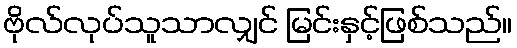
ဗိုလ်လုပ်သူသာလျှင် မြင်းနှင့်ဖြစ်သည်။